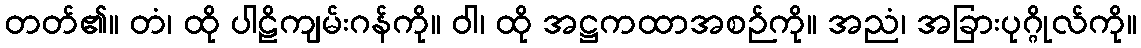
တတ်၏။ တံ၊ ထို ပါဠိကျမ်းဂန်ကို။ ဝါ၊ ထို အဋ္ဌကထာအစဉ်ကို။ အညံ၊ အခြားပုဂ္ဂိုလ်ကို။